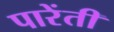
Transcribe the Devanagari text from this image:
पारेंती